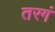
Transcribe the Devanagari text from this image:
तरगं